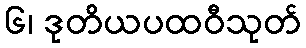
၆၊ ဒုတိယပထဝီသုတ်